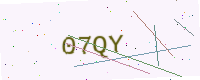
Text: 07QY